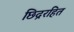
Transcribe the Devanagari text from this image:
छिद्ररहित